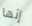
إنها